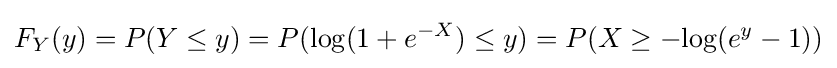
F_{Y}(y)=P(Y\leq y)=P(\mathrm {log} (1+e^{-X})\leq y)=P(X\geq -\mathrm {log} (e^{y}-1))